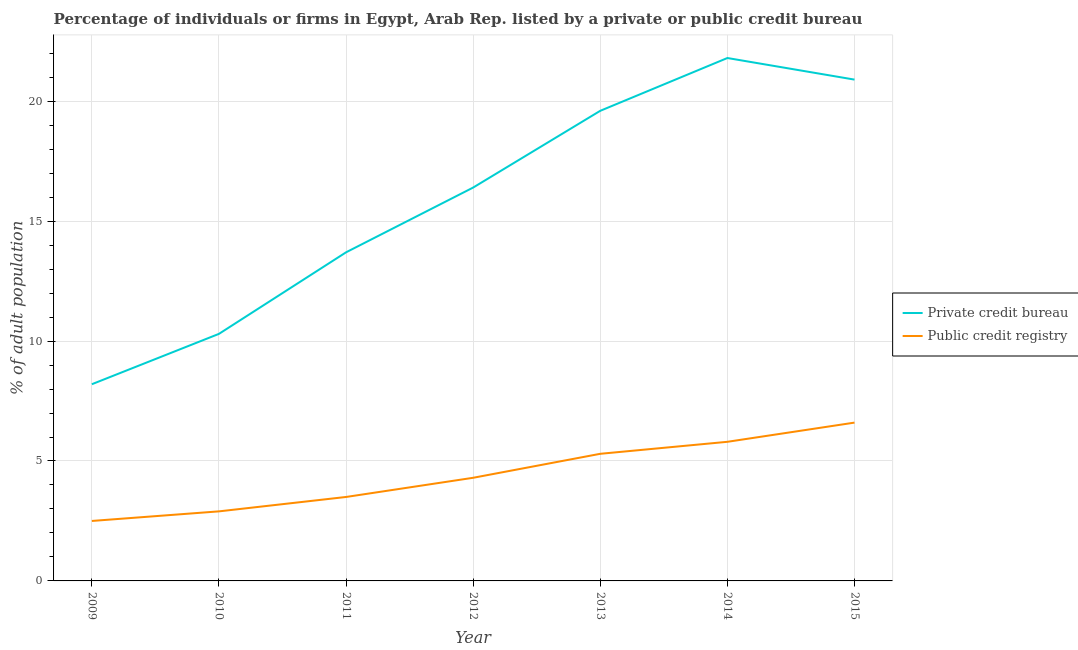
| Year | Private credit bureau | Public credit registry |
 | --- | --- | --- |
 | 2009 | 8.2 | 2.5 |
 | 2010 | 10.3 | 2.9 |
 | 2011 | 13.7 | 3.5 |
 | 2012 | 16.4 | 4.3 |
 | 2013 | 19.6 | 5.3 |
 | 2014 | 21.8 | 5.8 |
 | 2015 | 20.9 | 6.6 |